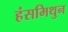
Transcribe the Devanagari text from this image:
हंसमिथुन